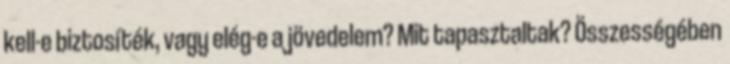
kell-e biztosíték, vagy elég-e a jövedelem? Mit tapasztaltak? Összességében